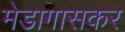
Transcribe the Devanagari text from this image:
मेडागासकर